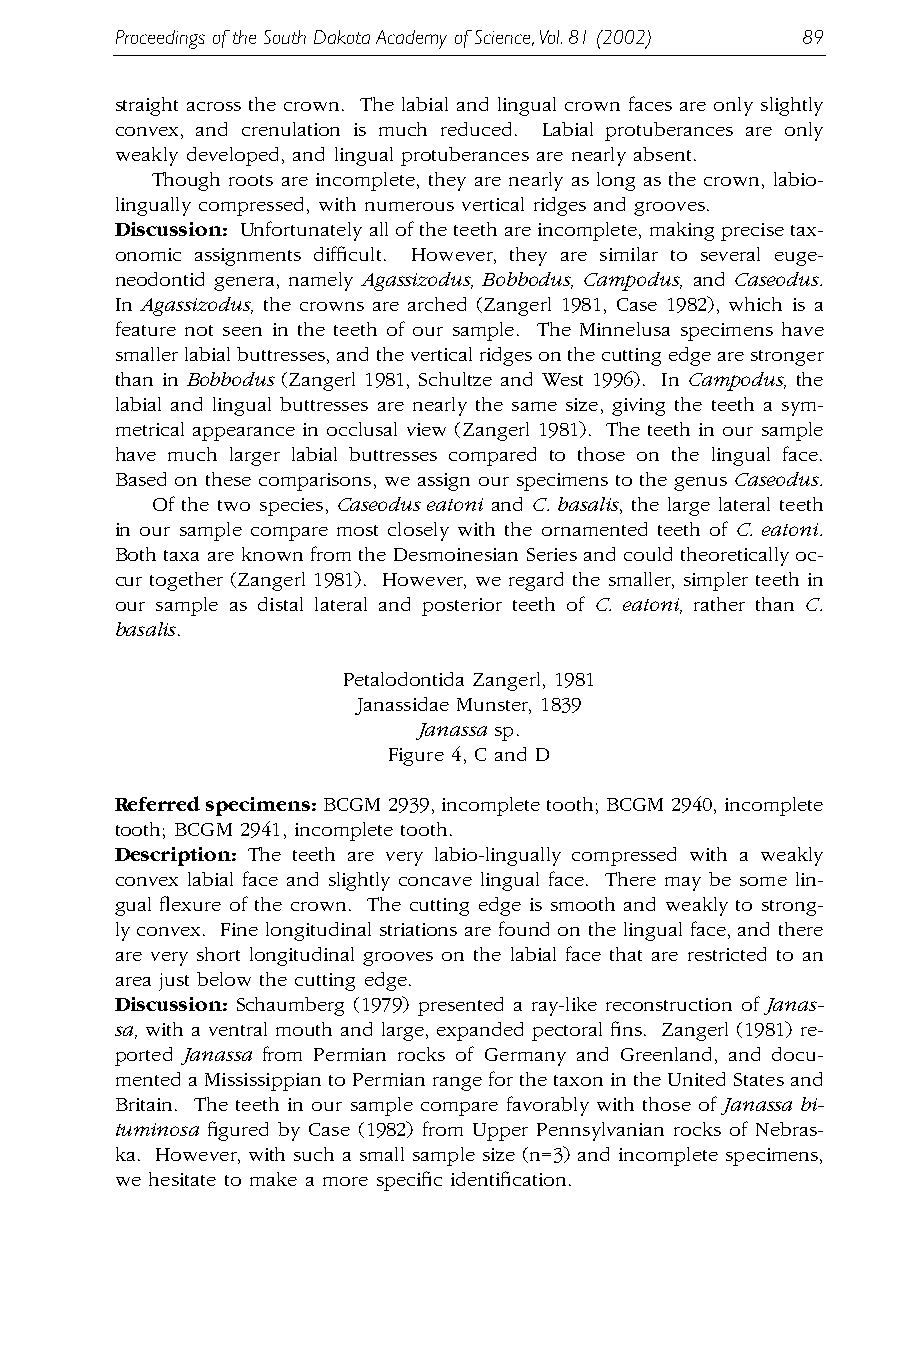
Proceedings of the South Dakota Academy of Science,Vol.81 (2002) 89
 straight across the crown. The labial and lingual crown faces are only slightly
 convex, and crenulation is much reduced. Labial protuberances are only
 weakly developed, and lingual protuberances are nearly absent.
 Though roots are incomplete, they are nearly as long as the crown, labio-
 lingually compressed, with numerous vertical ridges and grooves.
 Discussion: Unfortunately all of the teeth are incomplete, making precise tax-
 onomic assignments difficult. However, they are similar to several euge-
 neodontid genera, namely Agassizodus, Bobbodus, Campodus, and Caseodus.
 In Agassizodus, the crowns are arched (Zangerl 1981, Case 1982), which is a
 feature not seen in the teeth of our sample. The Minnelusa specimens have
 smaller labial buttresses, and the vertical ridges on the cutting edge are stronger
 than in Bobbodus (Zangerl 1981, Schultze and West 1996). In Campodus, the
 labial and lingual buttresses are nearly the same size, giving the teeth a sym-
 metrical appearance in occlusal view (Zangerl 1981). The teeth in our sample
 have much larger labial buttresses compared to those on the lingual face.
 Based on these comparisons, we assign our specimens to the genus Caseodus.
 Of the two species, Caseodus eatoni and C. basalis, the large lateral teeth
 in our sample compare most closely with the ornamented teeth of C. eatoni.
 Both taxa are known from the Desmoinesian Series and could theoretically oc-
 cur together (Zangerl 1981). However, we regard the smaller, simpler teeth in
 our sample as distal lateral and posterior teeth of C. eatoni, rather than C.
 basalis.
 Petalodontida Zangerl, 1981
 Janassidae Munster, 1839
 Janassa sp.
 Figure 4, C and D
 Referred specimens: BCGM 2939, incomplete tooth; BCGM 2940, incomplete
 tooth; BCGM 2941, incomplete tooth.
 Description: The teeth are very labio-lingually compressed with a weakly
 convex labial face and slightly concave lingual face. There may be some lin-
 gual flexure of the crown. The cutting edge is smooth and weakly to strong-
 ly convex. Fine longitudinal striations are found on the lingual face, and there
 are very short longitudinal grooves on the labial face that are restricted to an
 area just below the cutting edge.
 Discussion: Schaumberg (1979) presented a ray-like reconstruction of Janas-
 sa, with a ventral mouth and large, expanded pectoral fins. Zangerl (1981) re-
 ported Janassa from Permian rocks of Germany and Greenland, and docu-
 mented a Mississippian to Permian range for the taxon in the United States and
 Britain. The teeth in our sample compare favorably with those of Janassa bi-
 tuminosa figured by Case (1982) from Upper Pennsylvanian rocks of Nebras-
 ka. However, with such a small sample size (n=3) and incomplete specimens,
 we hesitate to make a more specific identification.